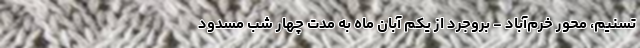
تسنیم، محور خرم‌آباد - بروجرد از یکم آبان ماه به مدت چهار شب مسدود